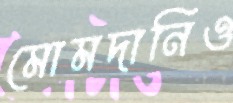
মোমদানিও